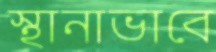
স্থানাভাবে